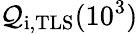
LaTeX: \mathcal{Q}_{\mathrm{{i,TLS}}}(10^{3})